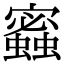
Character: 𧓫